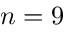
n = 9